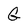
Character: G